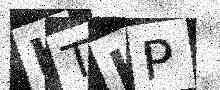
Text: KTHP